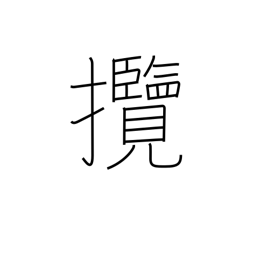
Meaning: hold (in hand)